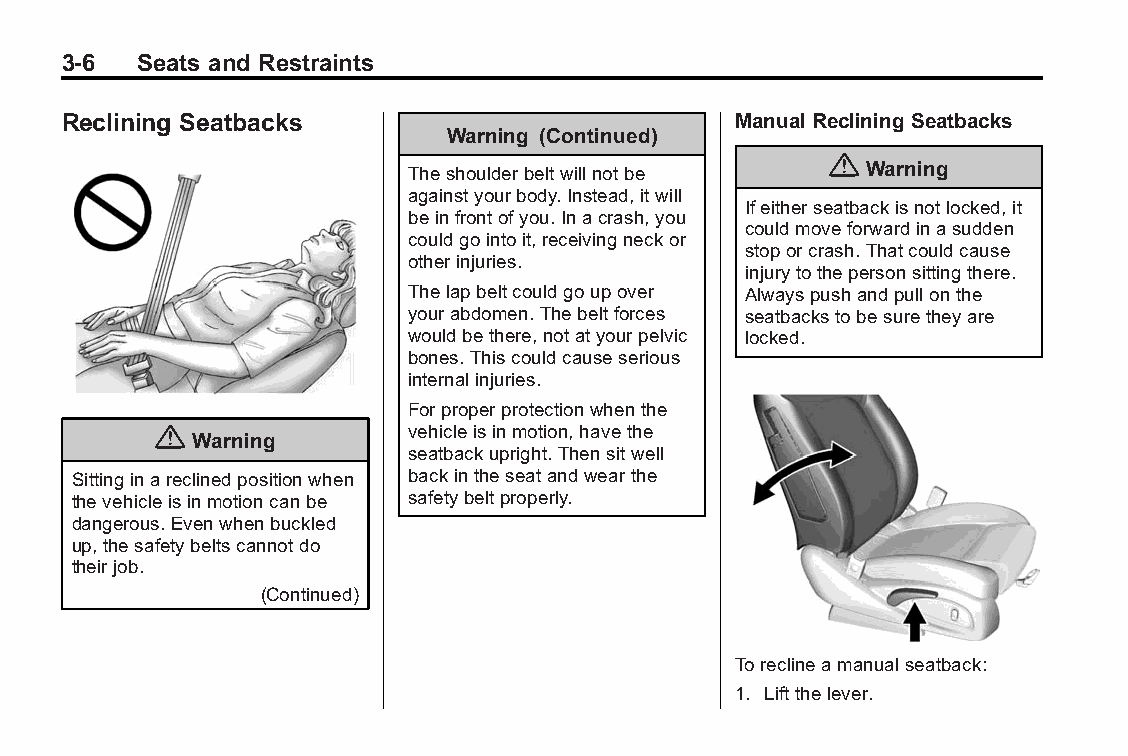
Buick LaCrosse Owner Manual (GMNA-Localizing-U.S./Canada/Mexico- Blackplate(6,1)
 6043609)-2014-2ndEdition-10/17/13
 3-6  Seats and Restraints
 Reclining Seatbacks                         Manual Reclining Seatbacks
 Warning (Continued)
 {
 Warning
 Theshoulderbeltwillnotbe
 againstyourbody.Instead,itwill
 Ifeitherseatbackisnotlocked,it
 beinfrontofyou.Inacrash,you
 couldmoveforwardinasudden
 couldgointoit,receivingneckor
 stoporcrash.Thatcouldcause
 otherinjuries.
 injurytothepersonsittingthere.
 Thelapbeltcouldgoupover Alwayspushandpullonthe
 yourabdomen.Thebeltforces seatbackstobesuretheyare
 wouldbethere,notatyourpelvic locked.
 bones.Thiscouldcauseserious
 internalinjuries.
 Forproperprotectionwhenthe
 {                vehicleisinmotion,havethe
 Warning
 seatbackupright.Thensitwell
 Sittinginareclinedpositionwhen backintheseatandwearthe
 thevehicleisinmotioncanbe safetybeltproperly.
 dangerous.Evenwhenbuckled
 up,thesafetybeltscannotdo
 theirjob.
 (Continued)
 Toreclineamanualseatback:
 1. Liftthelever.